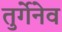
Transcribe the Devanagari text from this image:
तुर्गेनेव